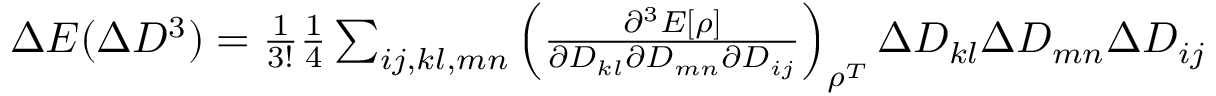
\begin{array} { r } { \Delta E ( \Delta D ^ { 3 } ) = \frac { 1 } { 3 ! } \frac { 1 } { 4 } \sum _ { i j , k l , m n } \left( \frac { \partial ^ { 3 } E [ \rho ] } { \partial D _ { k l } \partial D _ { m n } \partial D _ { i j } } \right) _ { \rho ^ { T } } \Delta D _ { k l } \Delta D _ { m n } \Delta D _ { i j } } \end{array}